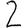
Digit: 2